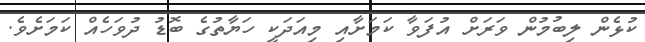
ކުޅެން ލިބުމުން ވަރަށް އުފަވާ ކަމަށާއި މިއަދަކީ ހަޔާތުގެ ބޮޑު ދުވަހެއް ކަމަށެވެ.